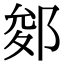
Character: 𨛐